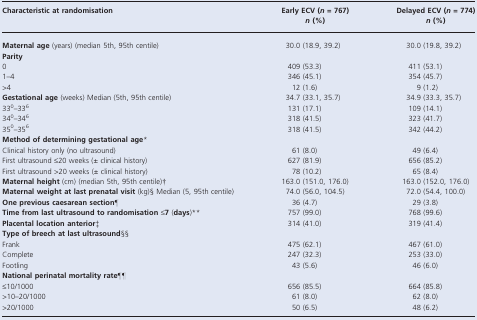
<table><thead><tr><td><b>Characteristic at randomisation</b></td><td><b>Early ECV (<i>n</i> = 767)<i>n</i> (%)</b></td><td><b>Delayed ECV (<i>n</i> = 774)<i>n</i> (%)</b></td></tr></thead><tbody><tr><td><b>Maternal age</b> (years) (median 5th, 95th centile)</td><td>30.0 (18.9, 39.2)</td><td>30.0 (19.8, 39.2)</td></tr><tr><td colspan="3"><b>Parity</b></td></tr><tr><td>0</td><td>409 (53.3)</td><td>411 (53.1)</td></tr><tr><td>1–4</td><td>346 (45.1)</td><td>354 (45.7)</td></tr><tr><td>&gt;4</td><td>12 (1.6)</td><td>9 (1.2)</td></tr><tr><td><b>Gestational age</b> (weeks) Median (5th, 95th centile)</td><td>34.7 (33.1, 35.7)</td><td>34.9 (33.3, 35.7)</td></tr><tr><td>33<sup>0</sup>–33<sup>6</sup></td><td>131 (17.1)</td><td>109 (14.1)</td></tr><tr><td>34<sup>0</sup>–34<sup>6</sup></td><td>318 (41.5)</td><td>323 (41.7)</td></tr><tr><td>35<sup>0</sup>–35<sup>6</sup></td><td>318 (41.5)</td><td>342 (44.2)</td></tr><tr><td colspan="3"><b>Method of determining gestational age</b>*</td></tr><tr><td>Clinical history only (no ultrasound)</td><td>61 (8.0)</td><td>49 (6.4)</td></tr><tr><td>First ultrasound ≤20 weeks (± clinical history)</td><td>627 (81.9)</td><td>656 (85.2)</td></tr><tr><td>First ultrasound &gt;20 weeks (± clinical history)</td><td>78 (10.2)</td><td>65 (8.4)</td></tr><tr><td><b>Maternal height</b> (cm) (median 5th, 95th centile)†</td><td>163.0 (151.0, 176.0)</td><td>163.0 (152.0, 176.0)</td></tr><tr><td><b>Maternal weight at last prenatal visit</b> (kg)§ Median (5, 95th centile)</td><td>74.0 (56.0, 104.5)</td><td>72.0 (54.4, 100.0)</td></tr><tr><td><b>One previous caesarean section</b>¶</td><td>36 (4.7)</td><td>29 (3.8)</td></tr><tr><td><b>Time from last ultrasound to randomisation ≤7</b> (<b>days</b>)**</td><td>757 (99.0)</td><td>768 (99.6)</td></tr><tr><td><b>Placental location anterior</b>‡</td><td>314 (41.0)</td><td>319 (41.4)</td></tr><tr><td colspan="3"><b>Type of breech at last ultrasound</b>§§</td></tr><tr><td>Frank</td><td>475 (62.1)</td><td>467 (61.0)</td></tr><tr><td>Complete</td><td>247 (32.3)</td><td>253 (33.0)</td></tr><tr><td>Footling</td><td>43 (5.6)</td><td>46 (6.0)</td></tr><tr><td colspan="3"><b>National perinatal mortality rate</b>¶¶</td></tr><tr><td>≤10/1000</td><td>656 (85.5)</td><td>664 (85.8)</td></tr><tr><td>&gt;10–20/1000</td><td>61 (8.0)</td><td>62 (8.0)</td></tr><tr><td>&gt;20/1000</td><td>50 (6.5)</td><td>48 (6.2)</td></tr></tbody></table>